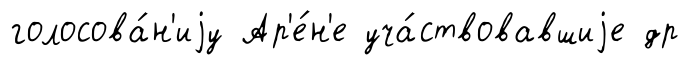
голосова́н'иjу Ар'е́н'е уча́ствовавшиjе др